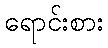
ရောင်းစား